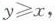
$$y \ge x$$